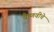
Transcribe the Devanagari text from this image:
वैष्णवीचे